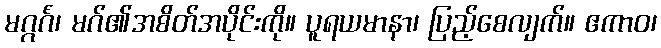
မဂ္ဂင်္ဂံ၊ မဂ်၏အစိတ်အပိုင်းကို။ ပူရယမာနာ၊ ပြည့်စေလျက်။ ဧကာဝ၊